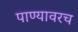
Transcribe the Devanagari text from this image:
पाण्यावरच